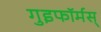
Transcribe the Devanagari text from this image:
गुइफॉर्मस्